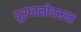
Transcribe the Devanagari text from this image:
दूरध्वनीवरून